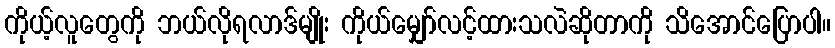
ကိုယ့်လူတွေကို ဘယ်လိုရလာဒ်မျိုး ကိုယ်မျှော်လင့်ထားသလဲဆိုတာကို သိအောင်ပြောပါ။